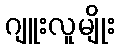
ဂျူးလူမျိုး